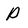
Character: P